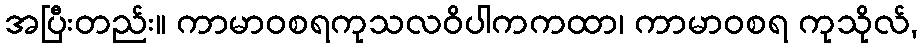
အပြီးတည်း။ ကာမာဝစရကုသလဝိပါကကထာ၊ ကာမာဝစရ ကုသိုလ်,